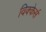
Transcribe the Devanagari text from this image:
विक्केर्स